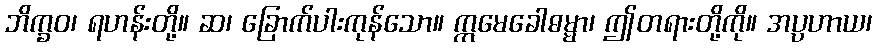
ဘိက္ခဝ၊ ရဟန်းတို့။ ဆ၊ ခြောက်ပါးကုန်သော။ ဣမေခေါဓမ္မာ၊ ဤတရားတို့ကို။ အပ္ပဟာယ၊